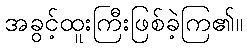
အခွင့်ထူးကြီးဖြစ်ခဲ့ကြ၏။